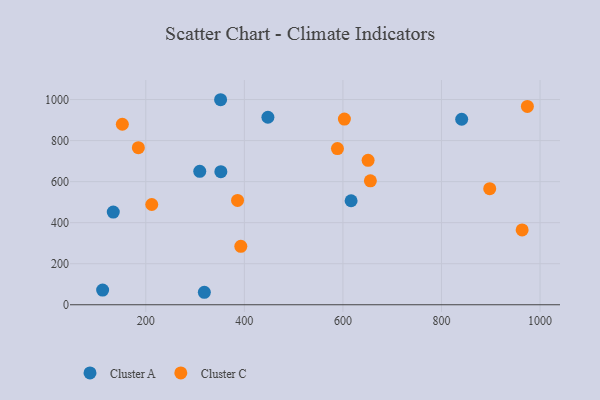
{"axis": {"x": "Ad Spend", "y": "Salary"}, "legend": ["Cluster A", "Cluster C"], "data": [{"x": "616.6", "y": 506.9, "type": "Cluster A"}, {"x": "134.0", "y": 451.8, "type": "Cluster A"}, {"x": "318.8", "y": 60.8, "type": "Cluster A"}, {"x": "447.8", "y": 913.8, "type": "Cluster A"}, {"x": "309.5", "y": 650.4, "type": "Cluster A"}, {"x": "352.3", "y": 648.7, "type": "Cluster A"}, {"x": "351.8", "y": 999.2, "type": "Cluster A"}, {"x": "841.0", "y": 904.0, "type": "Cluster A"}, {"x": "112.4", "y": 71.7, "type": "Cluster A"}, {"x": "152.4", "y": 879.6, "type": "Cluster C"}, {"x": "974.3", "y": 966.4, "type": "Cluster C"}, {"x": "897.9", "y": 565.6, "type": "Cluster C"}, {"x": "392.8", "y": 284.7, "type": "Cluster C"}, {"x": "588.9", "y": 761.2, "type": "Cluster C"}, {"x": "655.7", "y": 603.8, "type": "Cluster C"}, {"x": "603.0", "y": 905.1, "type": "Cluster C"}, {"x": "184.9", "y": 765.6, "type": "Cluster C"}, {"x": "386.2", "y": 508.2, "type": "Cluster C"}, {"x": "212.1", "y": 488.5, "type": "Cluster C"}, {"x": "651.1", "y": 704.1, "type": "Cluster C"}, {"x": "963.7", "y": 364.8, "type": "Cluster C"}]}